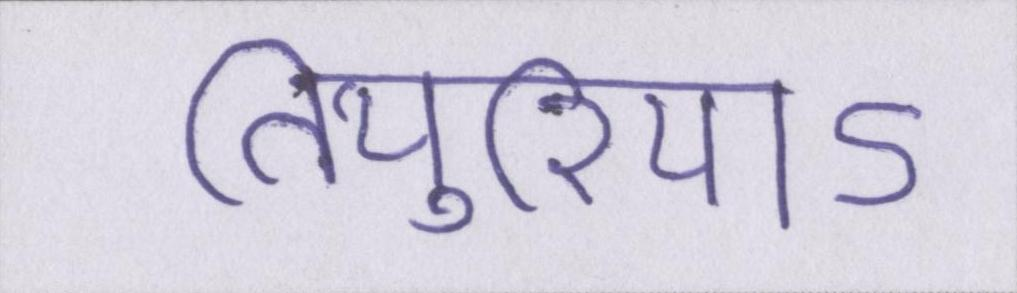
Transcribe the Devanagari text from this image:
तियुरियाऽ